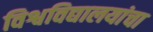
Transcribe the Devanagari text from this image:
विश्वविद्यालयांचा